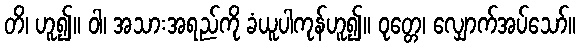
တိ၊ ဟူ၍။ ဝါ၊ အသားအရည်ကို ခံယူပါကုန်ဟူ၍။ ဝုတ္တေ၊ လျှောက်အပ်သော်။